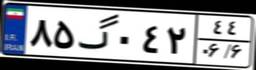
۸۱گ۰۰۴۱۹